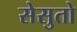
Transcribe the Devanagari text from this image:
सेसुतो